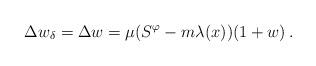
LaTeX: \begin{align*} \Delta w_\delta = \Delta w = \mu(S^\varphi - m\lambda(x))(1+w) \, .\end{align*}